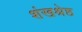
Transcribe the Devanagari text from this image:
शंखश्रेष्ठ